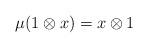
LaTeX: \begin{align*}\mu(1\otimes x)=x\otimes 1\end{align*}